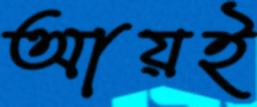
আয়ই